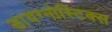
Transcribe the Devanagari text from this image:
डायग्‍नोस्टिक्‍स